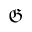
\mathfrak { G }